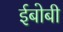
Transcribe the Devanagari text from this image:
ईबोबी